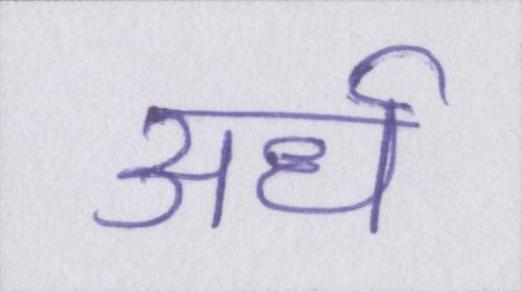
अर्ध